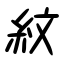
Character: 紋